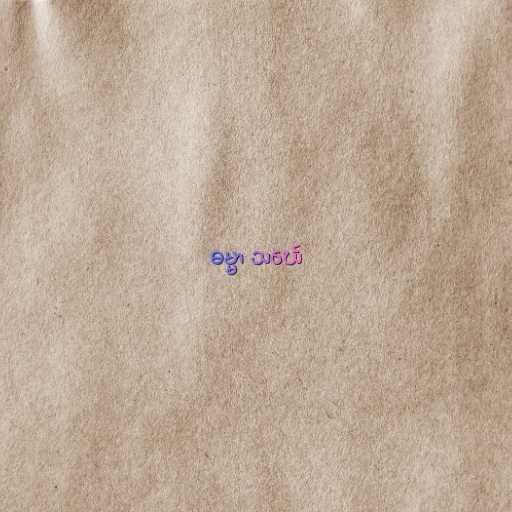
ဓမ္မာ သင်္ဃေ